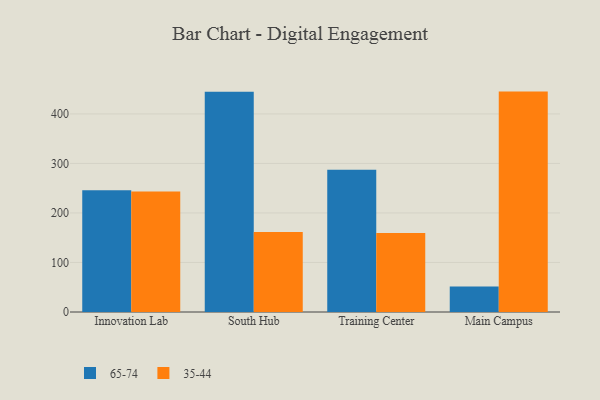
{"axis": {"x": "Campus", "y": "Waste Production (Tons)"}, "legend": ["35-44", "65-74"], "data": [{"x": "Innovation Lab", "y": 245.9, "type": "65-74"}, {"x": "Innovation Lab", "y": 243.4, "type": "35-44"}, {"x": "South Hub", "y": 444.9, "type": "65-74"}, {"x": "South Hub", "y": 161.8, "type": "35-44"}, {"x": "Training Center", "y": 287.5, "type": "65-74"}, {"x": "Training Center", "y": 159.7, "type": "35-44"}, {"x": "Main Campus", "y": 51.5, "type": "65-74"}, {"x": "Main Campus", "y": 445.1, "type": "35-44"}]}